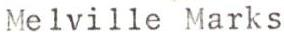
Melville Marks